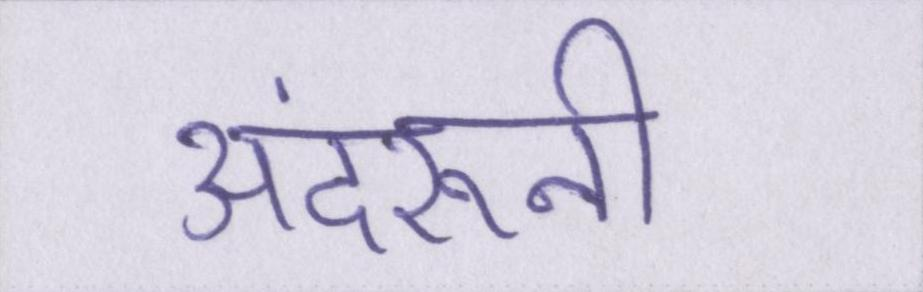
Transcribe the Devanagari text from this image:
अंदरूनी